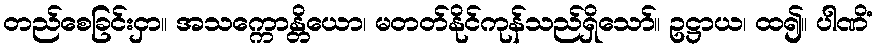
တည်စေခြင်းငှာ။ အသက္ကောန္တိယော၊ မတတ်နိုင်ကုန်သည်ရှိသော်။ ဥဋ္ဌာယ၊ ထ၍။ ပါဏိံ